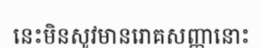
នេះមិនសូវមានរោគសញ្ញានោះ